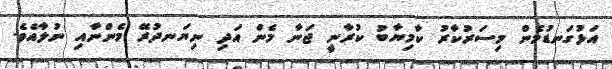
އަޅުގަނޑުމެން މިސަރުކާރު ކާމިޔާބު ކުރާނީ ޖަނާ މެން އަދި ނިޔަނދުރޭ މެންނާއި ނުލާއެވެ.